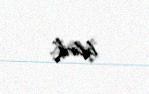
bilirik".